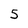
Character: 5